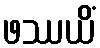
ဖဿယိံ